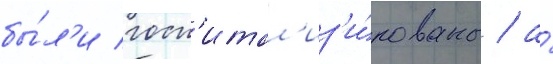
бы́л'и госп'итал'из'и́рованы / а́